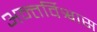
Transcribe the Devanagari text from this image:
अन्तर्विश्वास